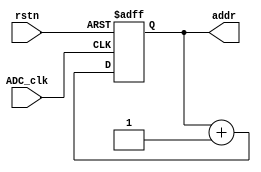
module counter_fifo (
    input ADC_clk,
    input rstn,
    output reg [3:0] addr
);
    always @(posedge ADC_clk or negedge rstn) begin
        if(~rstn)begin
            addr <= 4'b0;
        end
        else addr <= addr + 1'b1;
    end
endmodule